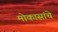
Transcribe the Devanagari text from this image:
मोकासांचे